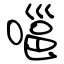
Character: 嗈